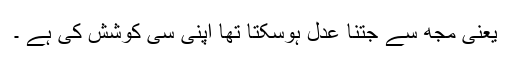
یعنی مجھ سے جتنا عدل ہوسکتا تھا اپنی سی کوشش کی ہے ۔